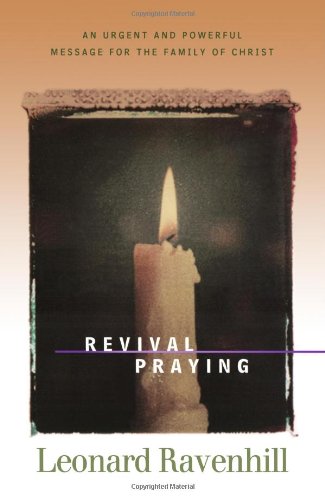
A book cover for Revival Praying: An Urgent and Powerful Message for the Family of Christ; Leonard Ravenhill; Christian Books & Bibles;